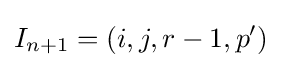
I_{n+1}=(i,j,r-1,p')